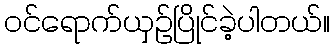
ဝင်ရောက်ယှဉ်ပြိုင်ခဲ့ပါတယ်။